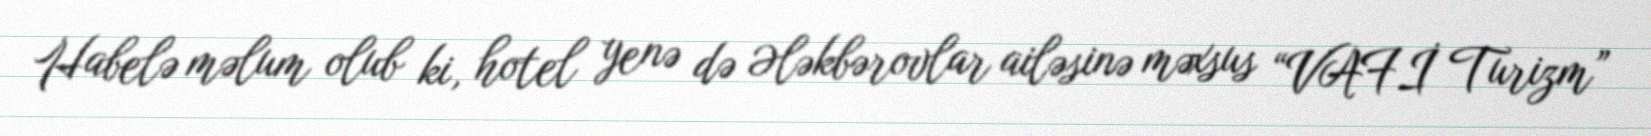
Habelə məlum olub ki, hotel yenə də Ələkbərovlar ailəsinə məxsus “VAFİ Turizm”